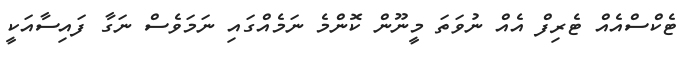
ޓެކްސްއެއް ޓެރިފް އެއް ނުވަތަ މީނޫން ކޮންމެ ނަމެއްގައި ނަމަވެސް ނަގާ ފައިސާއަކީ